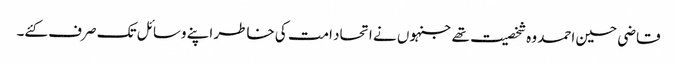
قاضی حسین احمد وہ شخصیت تھے جنہوں نے اتحاد امت کی خاطر اپنے وسائل تک صرف کئے۔